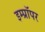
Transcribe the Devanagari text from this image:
इम्प्रॉपर